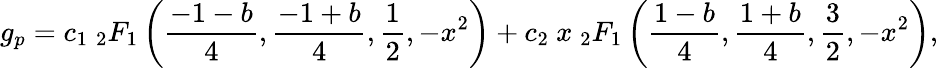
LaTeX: g_{p}=c_{1}\ {_2}F_{1}\left(\frac{-1-b}{4},\frac{-1+b}{4},\frac{1}{2},-x^{2}\right)+c_{2}\ x\ {_2}F_{1}\left(\frac{1-b}{4},\frac{1+b}{4},\frac{3}{2},-x^{2}\right),